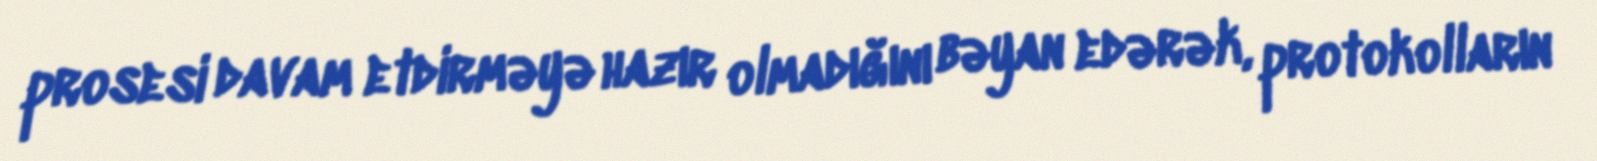
prosesi davam etdirməyə hazır olmadığını bəyan edərək, protokolların